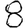
Digit: 8